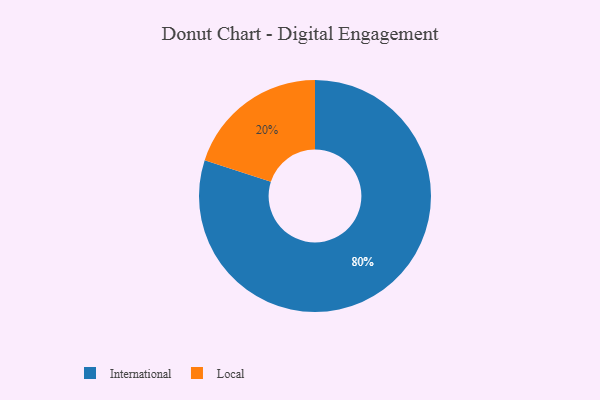
{"axis": {"x": "Category", "y": "Percentage"}, "legend": ["International", "Local"], "data": [{"x": "International", "y": 80, "type": "International"}, {"x": "Local", "y": 20, "type": "Local"}]}